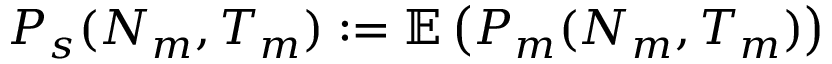
\begin{array} { r } { P _ { s } ( N _ { m } , T _ { m } ) : = \mathbb { E } \left( P _ { m } ( N _ { m } , T _ { m } ) \right) } \end{array}